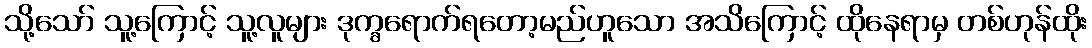
သို့သော် သူ့ကြောင့် သူ့လူများ ဒုက္ခရောက်ရတော့မည်ဟူသော အသိကြောင့် ထိုနေရာမှ တစ်ဟုန်ထိုး